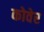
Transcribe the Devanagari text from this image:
कोवेर